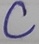
Text: C